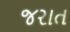
જરાત